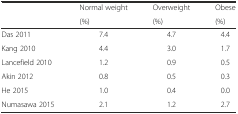
| <ROWSPAN=2>  | Normal weight | Overweight | Obese |
 | (%) | (%) | (%) |
 | --- | --- | --- | --- |
 | Das 2011 | 7.4 | 4.7 | 4.4 |
 | Kang 2010 | 4.4 | 3.0 | 1.7 |
 | Lancefield 2010 | 1.2 | 0.9 | 0.5 |
 | Akin 2012 | 0.8 | 0.5 | 0.3 |
 | He 2015 | 1.0 | 0.4 | 0.0 |
 | Numasawa 2015 | 2.1 | 1.2 | 2.7 |